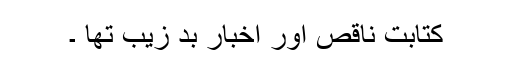
کتابت ناقص اور اخبار بد زیب تھا ۔